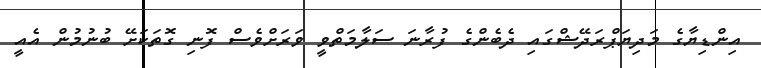
އިންޑިޔާގެ މަދިޔަޕްރަދޭޝްގައި ދެބެންގެ ފުރާނަ ސަލާމަތްވީ ވަރަށްވެސް ފޮނި ގޮތަކަށޭ ބުނުމުން އެއީ